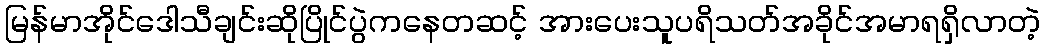
မြန်မာအိုင်ဒေါသီချင်းဆိုပြိုင်ပွဲကနေတဆင့် အားပေးသူပရိသတ်အခိုင်အမာရရှိလာတဲ့